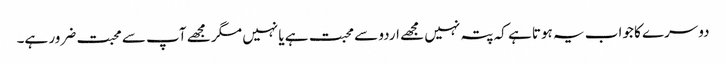
دوسرے کا جواب یہ ہوتا ہے کہ پتہ نہیں مجھے اردو سے محبت ہے یا نہیں مگر مجھے آپ سے محبت ضرور ہے۔